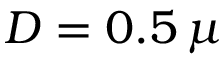
D = 0 . 5 \, \mu